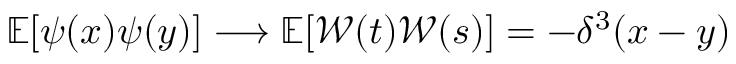
\begin{array} { r } { { \mathbb { E } } [ \psi ( x ) \psi ( y ) ] \longrightarrow { \mathbb { E } } [ \mathcal { W } ( t ) \mathcal { W } ( s ) ] = - \delta ^ { 3 } ( x - y ) } \end{array}